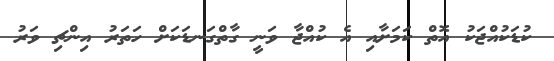
ކުޑަކުއްޖަކު އޮތް ކަމަށާއި އެ ކުއްޖާ ވަނީ ގާތްގަނޑަކަށް ހަތަރު އިންޗި ވަރު